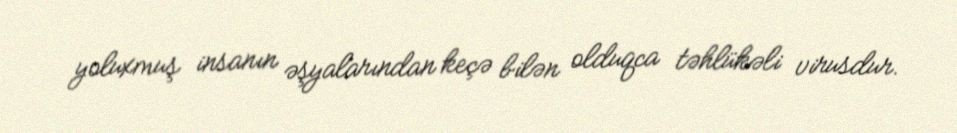
yoluxmuş insanın əşyalarından keçə bilən olduqca təhlükəli virusdur.